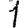
Digit: 1